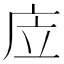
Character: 㡴